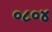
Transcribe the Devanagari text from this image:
०८०४